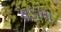
સડામા